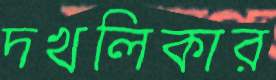
দখলিকার